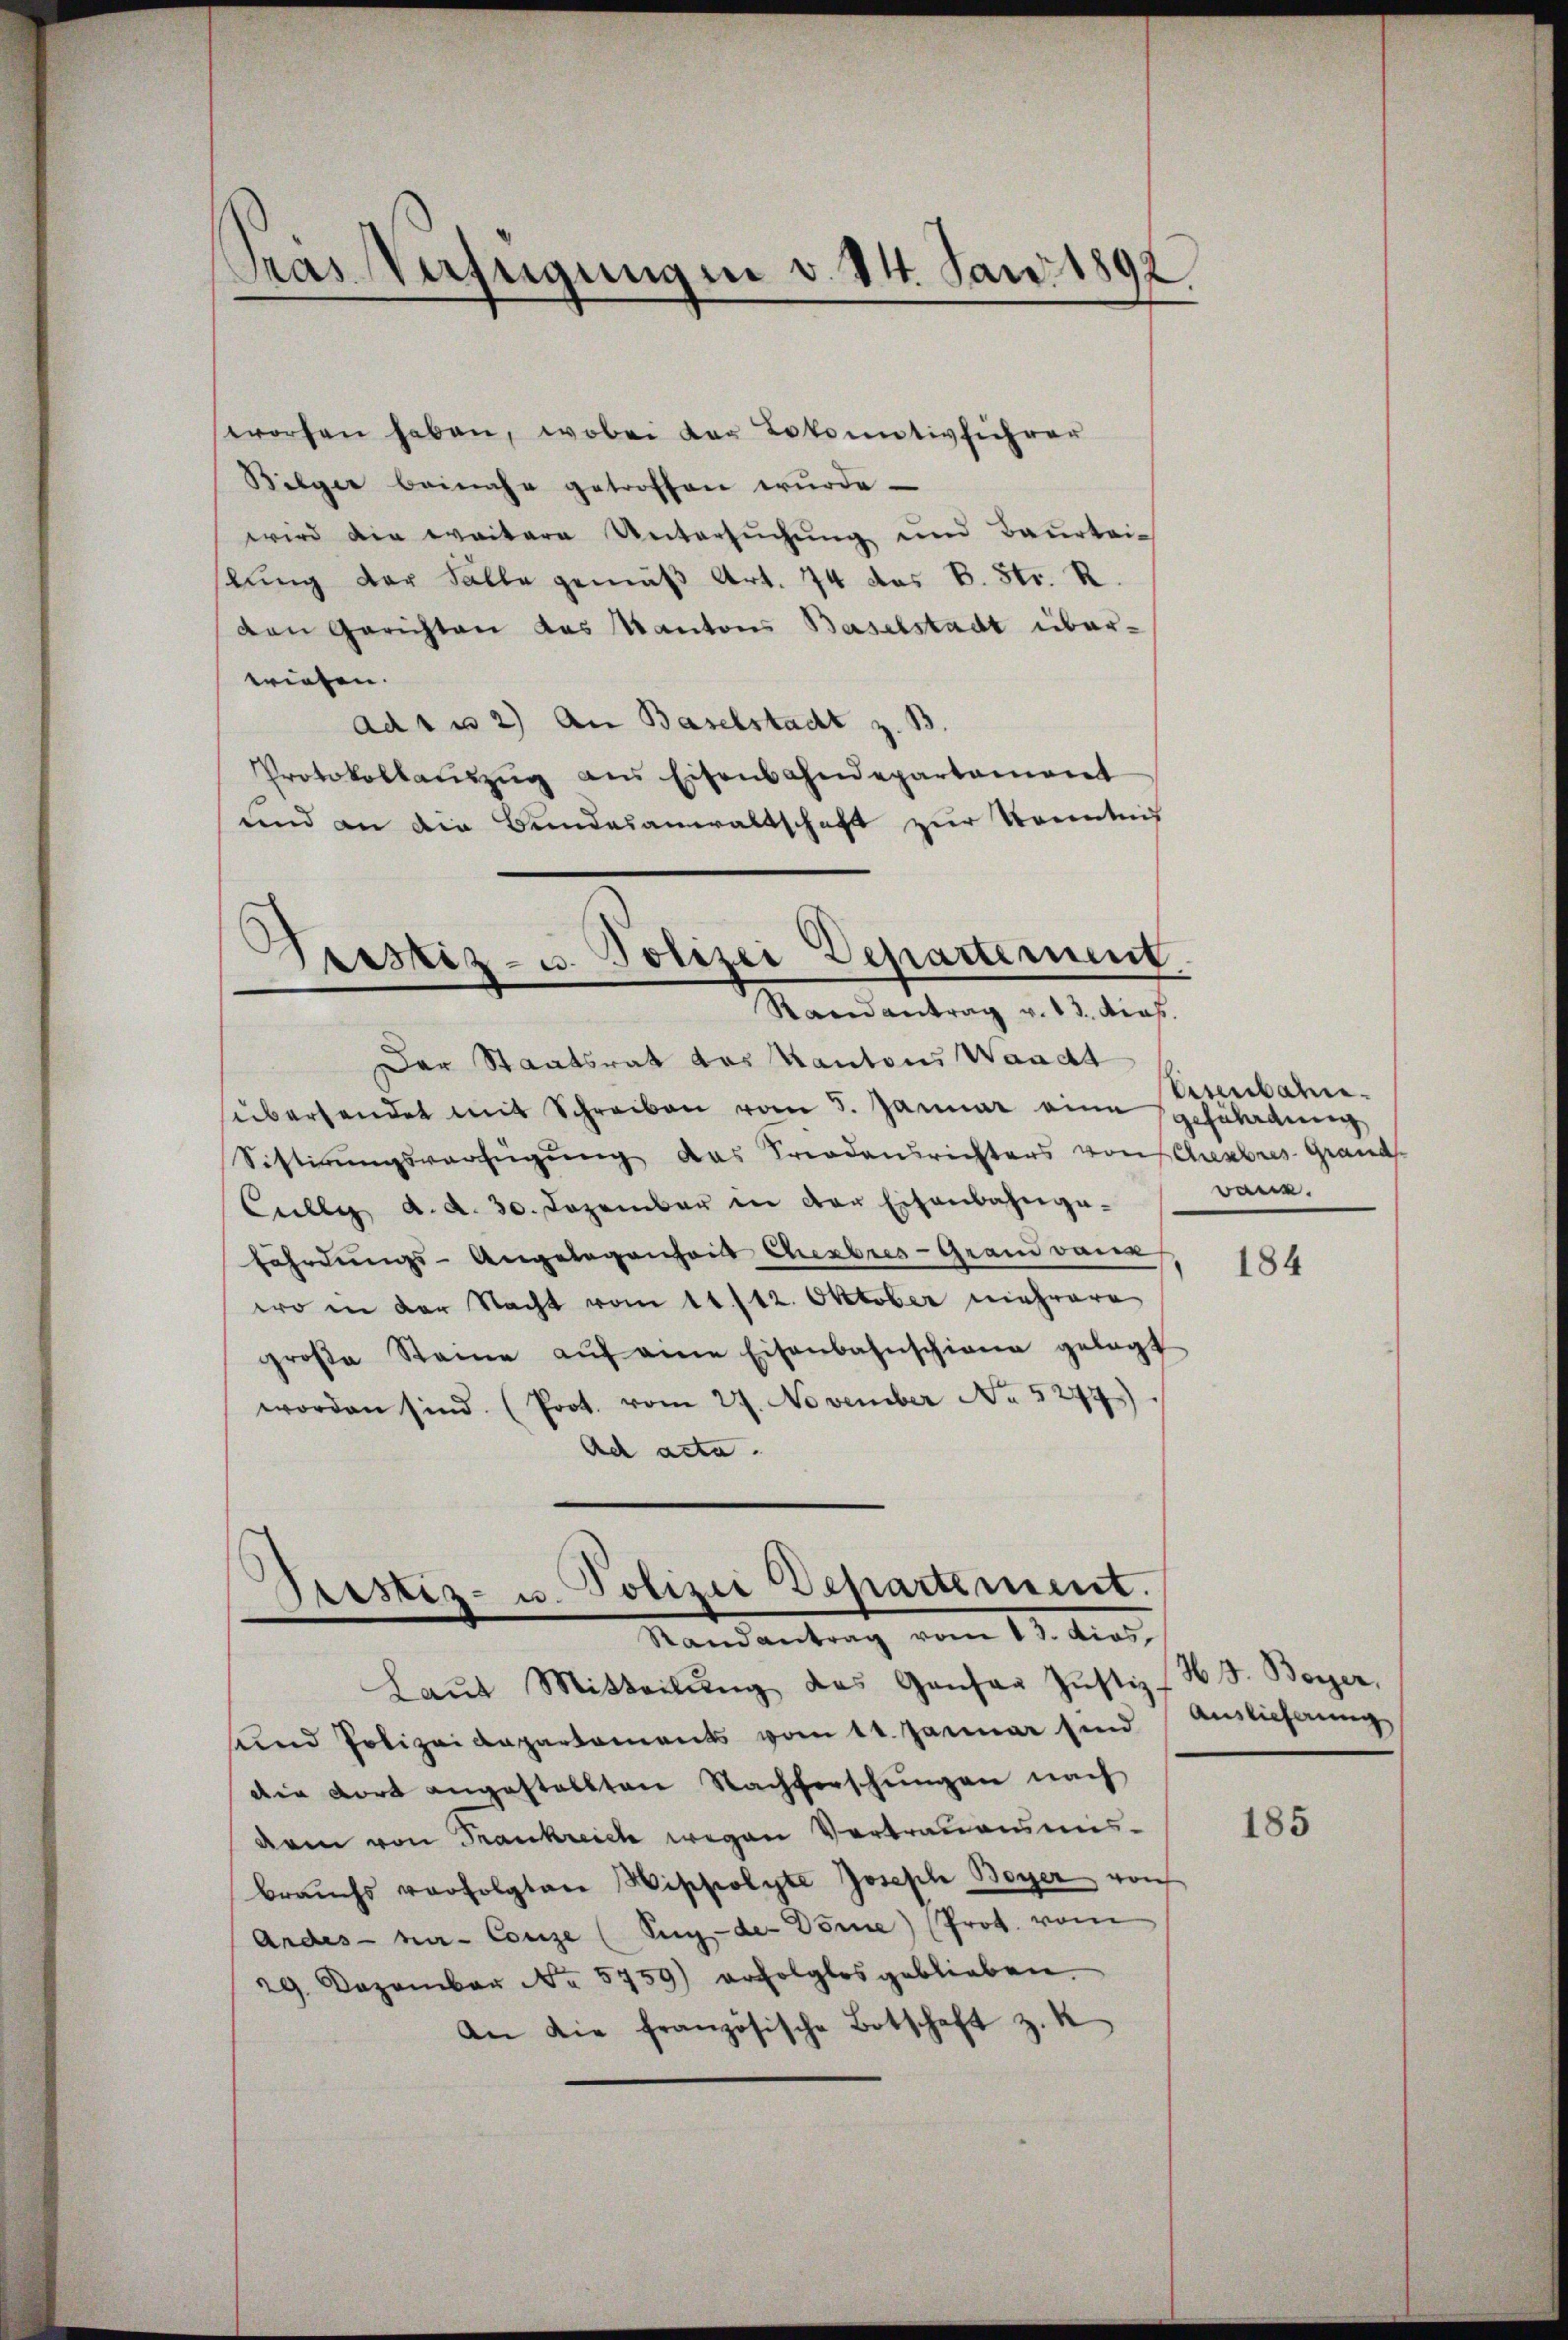
.
pras Verfügungen v. 14. Jan. 1892

worfen haben, wobei der Lokomotivführer
Bilger beinahe getroffen wurde.
wird die weitere Untersuchung und Beurteislung der Fälle gemäß Art. 74 das B. Str. R
den Gerichten das Kantons Baselstadt überwiesen.
ad1 u 2) An Baselstadt z. B.
Protokollauszug aus Eisenbahndepartement
und an die Bundesanwaltschaft zur Kenntnis

Der Staatsrat des Kantons Waadt
übersendet mit Schreiben vom 5. Januar eine gefährdung
Sistirŭngsverfügŭng das Triodensrichters von Chembres Grand-
Culleg d. d. 30. Dezember in der Eisenbahnga-
fährdungs-Angelegenheit Cherbres-Grand daue
wo in der Nacht vom 11./12. Oktober mehrere
groβe Steine aŭf eine Eisenbahnschiena gelegt
worden sind. (Prot. vom 27. November No 5247
Ach acta.

3
Gerstiz- u. Polizei Departement
Randantrag v. 13. dies

ristiz- u. Polizei Departement.
)
Randantrag vom 13. dies

Laŭt Mitteilŭng des Gantar Justiz-
und Polizeidepartements vom 11. Januar sind
die dort angestellten Nachforschungen nach
dam von Frankreich wegen Vertrauensmisbraŭchs vorfolgten Wippolyte Joseph Bayer von
Andes- ni- Conze (Sug-der Dome) (Prot. vom
29. Dezember No. 5759) erfolglos geblieben.
An die französische Botschaft z. K

Anbahn.
Bark.

184

H3. Berger,
Auslieferung

185